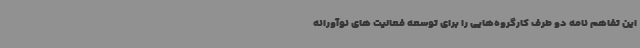
این تفاهم نامه دو طرف کارگروه‌هایی را برای توسعه فعالیت های نوآورانه